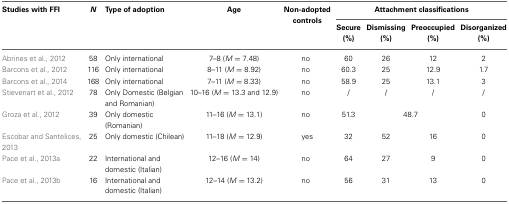
<table><thead><tr><td><b>Studies with FFI</b></td><td><b><i>N</i></b></td><td><b>Type of adoption</b></td><td><b>Age</b></td><td><b>Non-adopted controls</b></td><td colspan="4"><b>Attachment classifications</b></td></tr><tr><td></td><td></td><td></td><td></td><td></td><td><b>Secure (%)</b></td><td><b>Dismissing (%)</b></td><td><b>Preoccupied (%)</b></td><td><b>Disorganized (%)</b></td></tr></thead><tbody><tr><td>Abrines et al., 2012</td><td>58</td><td>Only international</td><td>7–8 (<i>M</i> = 7.48)</td><td>no</td><td>60</td><td>26</td><td>12</td><td>2</td></tr><tr><td>Barcons et al., 2012</td><td>116</td><td>Only international</td><td>8–11 (<i>M</i> = 8.92)</td><td>no</td><td>60.3</td><td>25</td><td>12.9</td><td>1.7</td></tr><tr><td>Barcons et al., 2014</td><td>168</td><td>Only international</td><td>7–11 (<i>M</i> = 8.33)</td><td>no</td><td>58.9</td><td>25</td><td>13.1</td><td>3</td></tr><tr><td>Stievenart et al., 2012</td><td>78</td><td>Only Domestic (Belgian and Romanian)</td><td>10–16 (<i>M</i> = 13.3 and 12.9)</td><td>no</td><td>/</td><td>/</td><td>/</td><td>/</td></tr><tr><td>Groza et al., 2012</td><td>39</td><td>Only domestic (Romanian)</td><td>11–16 (<i>M</i> = 13.1)</td><td>no</td><td>51.3</td><td colspan="2">48.7</td><td>0</td></tr><tr><td>Escobar and Santelices, 2013</td><td>25</td><td>Only domestic (Chilean)</td><td>11–18 (<i>M</i> = 12.9)</td><td>yes</td><td>32</td><td>52</td><td>16</td><td>0</td></tr><tr><td>Pace et al., 2013a</td><td>22</td><td>International and domestic (Italian)</td><td>12–16 (<i>M</i> = 14)</td><td>no</td><td>64</td><td>27</td><td>9</td><td>0</td></tr><tr><td>Pace et al., 2013b</td><td>16</td><td>International and domestic (Italian)</td><td>12–14 (<i>M</i> = 13.2)</td><td>no</td><td>56</td><td>31</td><td>13</td><td>0</td></tr></tbody></table>